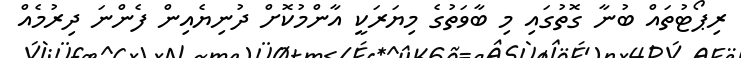
ރިޕޯޓުތައް ބުނާ ގޮތުގައި މި ބާވަތުގެ މިޔަރަކީ އާންމުކޮށް ދުނިޔެއިން ފެންނަ ދިރުމެއް